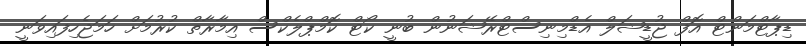
ޑިޕާޓްމަންޓް އޮފް ޖުޑީޝަލް އެޑްމިނިސްޓްރޭޝަނުން ބުނީ ކޯޓް ކޮމްޕްލެކްސް އިމާރާތް ކުރުމަށް ހަމަޖެހިފައިވަނީ